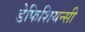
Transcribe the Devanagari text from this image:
डेफिशियन्सी